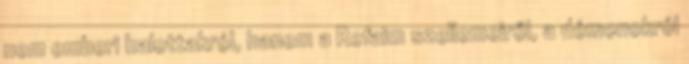
nem emberi halottakról, hanem a Refaim szellemeiről, a démonokról